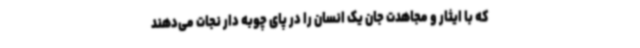
که با ایثار و مجاهدت جان یک انسان را در پای چوبه دار نجات می‌دهند